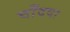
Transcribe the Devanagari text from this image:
चाँदवा